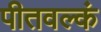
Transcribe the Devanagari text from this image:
पीतवल्कं